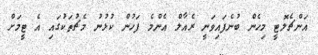
އަންޗެލޮޓީ މިހެން ބުނެފައިވަނީ ރެއާލް އެންމެ ފަހުން ކުޅުނު މެޗުތަކުގައި އެ ޓީމަށް